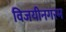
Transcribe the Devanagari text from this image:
विजयीनगरम